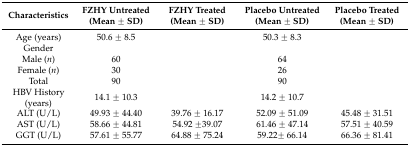
<table><thead><tr><td><b>Characteristics</b></td><td><b>FZHY Untreated (Mean ± SD)</b></td><td><b>FZHY Treated (Mean ± SD)</b></td><td><b>Placebo Untreated (Mean ± SD)</b></td><td><b>Placebo Treated (Mean ± SD)</b></td></tr></thead><tbody><tr><td>Age (years)</td><td>50.6 ± 8.5</td><td></td><td>50.3 ± 8.3</td><td></td></tr><tr><td>Gender</td><td></td><td></td><td></td><td></td></tr><tr><td>Male (<i>n</i>)</td><td>60</td><td></td><td>64</td><td></td></tr><tr><td>Female (<i>n</i>)</td><td>30</td><td></td><td>26</td><td></td></tr><tr><td>Total</td><td>90</td><td></td><td>90</td><td></td></tr><tr><td>HBV History (years)</td><td>14.1 ± 10.3</td><td></td><td>14.2 ± 10.7</td><td></td></tr><tr><td>ALT (U/L)</td><td>49.93 ± 44.40</td><td>39.76 ± 16.17</td><td>52.09 ± 51.09</td><td>45.48 ± 31.51</td></tr><tr><td>AST (U/L)</td><td>58.66 ± 44.81</td><td>54.92 ±39.07</td><td>61.46 ± 47.14</td><td>57.51 ± 40.59</td></tr><tr><td>GGT (U/L)</td><td>57.61 ± 55.77</td><td>64.88 ± 75.24</td><td>59.22± 66.14</td><td>66.36 ± 81.41</td></tr></tbody></table>